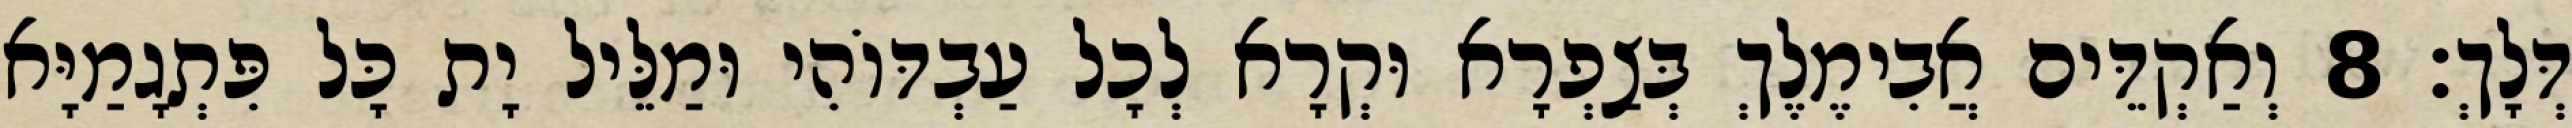
דְּלָךְ׃ 8 וְאַקְדֵּים אֲבִימֶלֶךְ בְּצַפְרָא וּקְרָא לְכָל עַבְדּוֹהִי וּמַלֵּיל יָת כָּל פִּתְגָמַיָּא